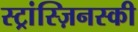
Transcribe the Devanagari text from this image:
स्ट्रांस्ज़िनस्की